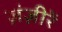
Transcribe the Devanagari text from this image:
ज़ंज़ीरें